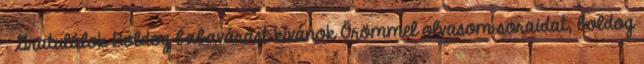
: Gratulálok Boldog babavárást kívánok Örömmel olvasom soraidat, boldog